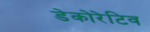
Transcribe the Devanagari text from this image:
डेकोरेटिव